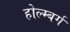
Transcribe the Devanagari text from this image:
होल्म्बर्ग